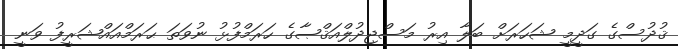
ޤުދުސްގެ ގަދީމީ ޝަހަރަށް ބަލާ އިރު މަސްޖިދުލްއަޤްޞާގެ ހަރަމްފުޅު ނުވަތަ ޙަރަމްއައްޝަރީފު ވަނީ